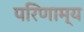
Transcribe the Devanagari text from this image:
परिणाम्य